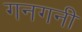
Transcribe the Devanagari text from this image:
गनगनी